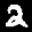
Label: 2